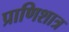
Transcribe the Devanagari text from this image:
प्राणिशात्र